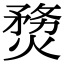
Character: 熃